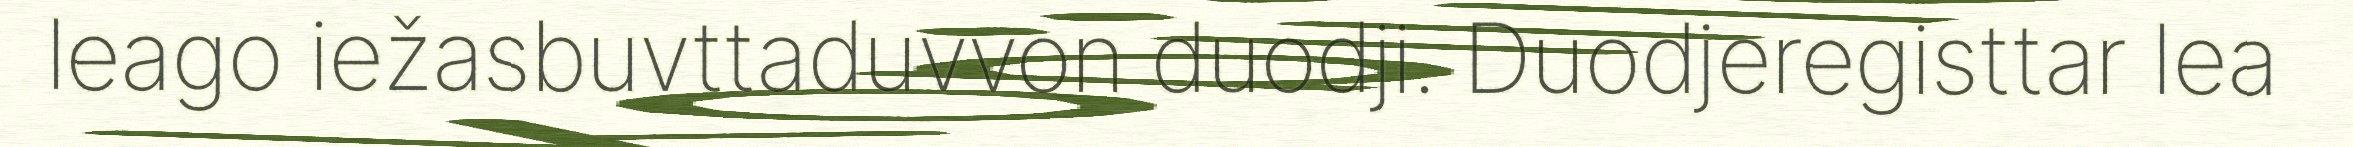
leago iežasbuvttaduvvon duodji. Duodjeregisttar lea